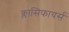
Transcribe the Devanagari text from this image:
क्लासिफायर्स